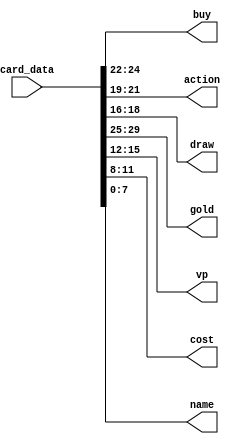
//Course Number: 	ECE5440
//---------------------------------------//
//Description:		Splits the card data recieved from the ram into the proper fields
//---------------------------------------//
module decode(
	input [29:0] card_data,
	output reg [2:0] buy, action, draw,
	output reg [4:0] gold,//tells vp in ENDGAME mode
	output reg [3:0] vp, cost,
	output reg [7:0] name
	);
	
	always @(card_data) begin
		gold = card_data[30:25];
		buy = card_data[24:22];
		action = card_data[21:19];
		draw = card_data[18:16];
		vp = card_data[15:12];
		cost = card_data[11:8];
		name = card_data[7:0];
	end

endmodule